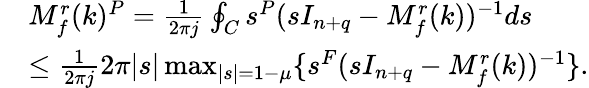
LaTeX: \begin{array}{rl}&{M_{f}^{r}(k)^{P}=\frac{1}{2\pi j}\oint_{C}s^{P}(sI_{n+q}-M_{f}^{r}(k))^{-1}ds}\\ &{\leq\frac{1}{2\pi j}2\pi\lvert s\rvert\operatorname*{max}_{\lvert s\rvert=1-\mu}\{ s^{F}(sI_{n+q}-M_{f}^{r}(k))^{-1}\} .}\end{array}